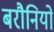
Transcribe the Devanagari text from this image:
बरौनियों